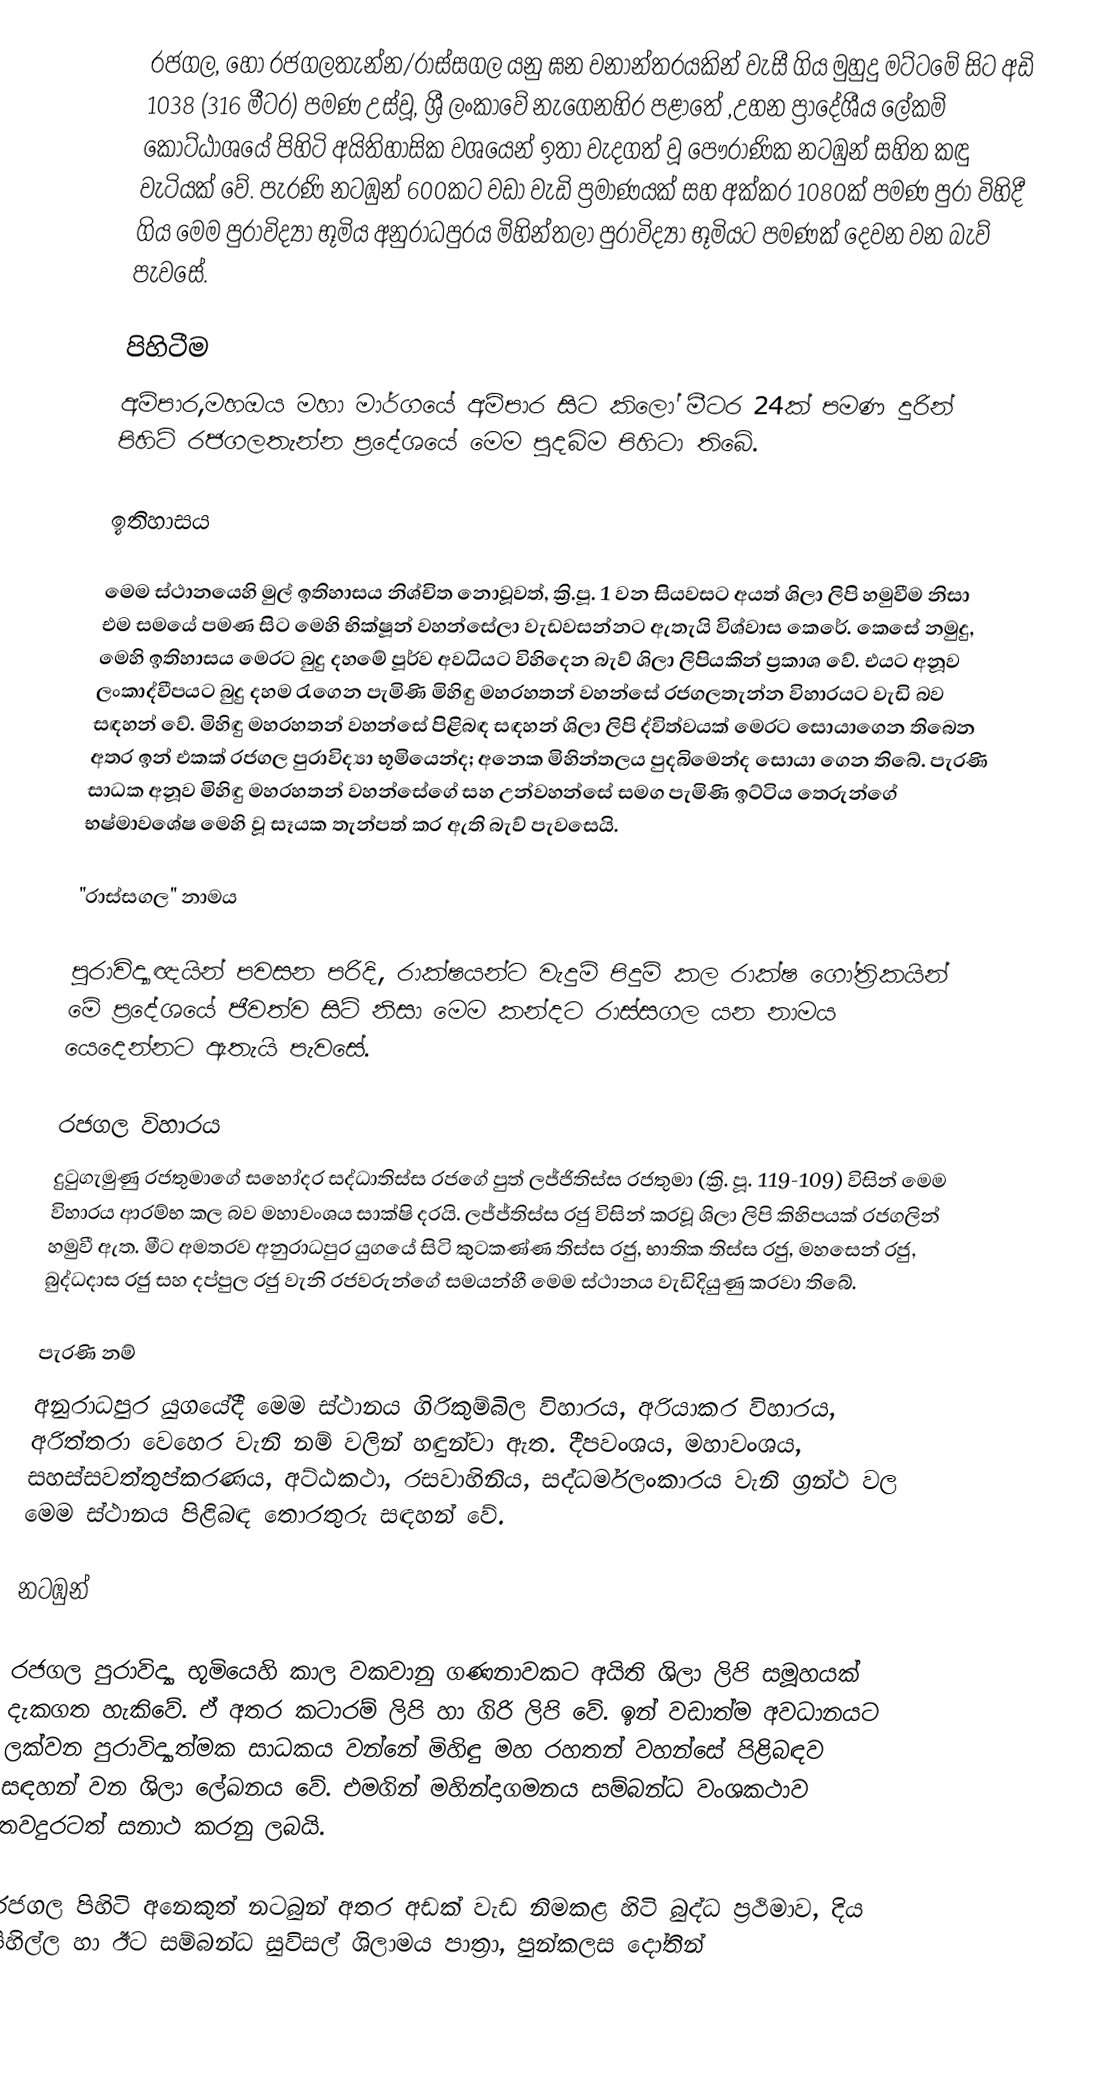
රජගල, හෝ රජගලතැන්න/රාස්සගල යනු ඝන වනාන්තරයකින් වැසී ගිය මුහුදු මට්ටමේ සිට අඩි 1038 (316 මීටර) පමණ උස්වූ, ශ්‍රී ලංකාවේ නැගෙනහිර පළාතේ ,උහන ප්‍රාදේශීය ලේකම් කොට්ඨාශයේ පිහිටි අයිතිහාසික වශයෙන් ඉතා වැදගත් වූ පෞරාණික නටඹුන් සහිත කඳු වැටියක් වේ. පැරණි නටඹුන් 600කට වඩා වැඩි ප්‍රමාණයක් සහ අක්කර 1080ක් පමණ පුරා විහිදී ගිය මෙම පුරාවිද්‍යා භූමිය අනුරාධපුරය මිහින්තලා පුරාවිද්‍යා භූමියට පමණක් දෙවන වන බැව් පැවසේ.

පිහිටීම
අම්පාර,මහඔය මහා මාර්ගයේ අම්පාර සිට කිලෝ මීටර 24ක් පමණ දුරින් පිහිටි රජගලතැන්න ප්‍රදේශයේ මෙම පුදබිම පිහිටා තිබේ.

ඉතිහාසය

මෙම ස්ථානයෙහි මුල් ඉතිහාසය නිශ්චිත නොවූවත්, ක්‍රි.පූ. 1 වන සියවසට අයත් ශිලා ලිපි හමුවීම නිසා එම සමයේ පමණ සිට මෙහි භික්ෂූන් වහන්සේලා වැඩවසන්නට ඇතැයි විශ්වාස කෙරේ. කෙසේ නමුදු, මෙහි ඉතිහාසය මෙරට බුදු දහමේ පූර්ව අවධියට විහිදෙන බැව් ශිලා ලිපියකින් ප්‍රකාශ වේ. එයට අනූව ලංකාද්වීපයට බුදු දහම රැගෙන පැමිණි මිහිඳු මහරහතන් වහන්සේ රජගලතැන්න විහාරයට වැඩි බව සඳහන් වේ. මිහිඳු මහරහතන් වහන්සේ පිළිබඳ සඳහන් ශිලා ලිපි ද්විත්වයක් මෙරට සොයාගෙන තිබෙන අතර ඉන් එකක් රජගල පුරාවිද්‍යා භූමියෙන්ද; අනෙක මිහින්තලය පුදබිමෙන්ද සොයා ගෙන තිබේ.  පැරණි සාධක අනූව මිහිඳු මහරහතන් වහන්සේගේ සහ උන්වහන්සේ සමග පැමිණි ඉට්‌ටිය තෙරුන්ගේ භෂ්මාවශේෂ මෙහි වූ සෑයක තැන්පත් කර ඇති බැව් පැවසෙයි.

"රාස්සගල" නාමය

පුරාවිද්‍යාඥයින් පවසන පරිදි, රාක්ෂයන්ට වැදුම් පිදුම් කල රාක්ෂ ගෝත්‍රිකයින් මේ ප්‍රදේශයේ ජීවත්ව සිටි නිසා මෙම කන්දට රාස්සගල යන නාමය යෙදෙන්නට ඇතැයි පැවසේ.

රජගල විහාරය
දුටුගැමුණු රජතුමාගේ සහෝදර සද්ධාතිස්ස රජගේ පුත් ලජ්ජිතිස්ස රජතුමා (ක්‍රි. පූ. 119-109) විසින් මෙම විහාරය ආරම්භ කල බව මහාවංශය සාක්ෂි දරයි. ලජ්ජ්තිස්ස රජු විසින් කරවූ ශිලා ලිපි කිහිපයක් රජගලින් හමුවී ඇත. මීට අමතරව අනුරාධපුර යුගයේ සිටි කුටකණ්ණ තිස්ස රජු, භාතික තිස්ස රජු, මහසෙන් රජු, බුද්ධදාස රජු සහ දප්පුල රජු වැනි රජවරුන්ගේ සමයන්හී මෙම ස්ථානය වැඩිදියුණු කරවා තිබේ.

පැරණි නම්
අනුරාධපුර යුගයේදී මෙම ස්ථානය ගිරිකුම්බිල විහාරය, අරියාකර විහාරය, අරිත්තරා වෙහෙර  වැනි නම් වලින් හඳුන්වා ඇත. දීපවංශය, මහාවංශය, සහස්සවත්තුප්කරණය, අට්ඨකථා, රසවාහිනිය, සද්ධර්මලංකාරය වැනි ග්‍රන්ථ වල මෙම ස්ථානය පිළිබඳ තොරතුරු සඳහන් වේ.

නටඹුන්

රජගල පුරාවිද්‍යා භූමියෙහි කාල වකවානු ගණනාවකට අයිති ශිලා ලිපි සමූහයක් දැකගත හැකිවේ. ඒ අතර කටාරම් ලිපි හා ගිරි ලිපි වේ. ඉන් වඩාත්ම අවධානයට ලක්වන පුරාවිද්‍යාත්මක සාධකය වන්නේ මිහිඳු මහ රහතන් වහන්සේ පිළිබඳව සඳහන් වන ශිලා ලේඛනය වේ. එමගින් මහින්දාගමනය සම්බන්ධ වංශකථාව තවදුරටත් සනාථ කරනු ලබයි.

රජගල පිහිටි අනෙකුත් නටබුන් අතර අඩක් වැඩ නිමකළ හිටි බුද්ධ ප්‍රථිමාව, දිය පිහිල්ල හා ඊට සම්බන්ධ සුවිසල් ශිලාමය පාත්‍රා, පුන්කලස දෝතින්